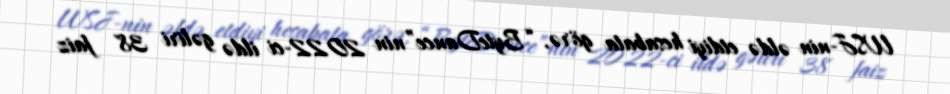
WSJ-nin əldə etdiyi hesabata görə, “ByteDance”nin 2022-ci ildə gəliri 38 faiz